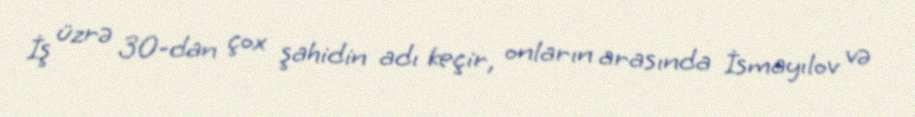
İş üzrə 30-dan çox şahidin adı keçir, onların arasında İsmayılov və